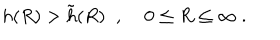
LaTeX: h ( R ) > \tilde { h } ( R ) \; \; , \; 0 \le R \le \infty \; .